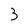
Character: 3